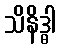
သိနိဒ္ဓါ